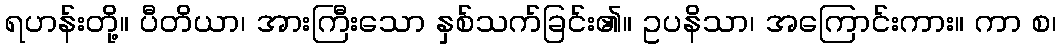
ရဟန်းတို့။ ပီတိယာ၊ အားကြီးသော နှစ်သက်ခြင်း၏။ ဥပနိသာ၊ အကြောင်းကား။ ကာ စ၊